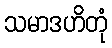
သမာဒဟိတုံ